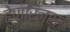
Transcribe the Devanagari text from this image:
हेपारिनस